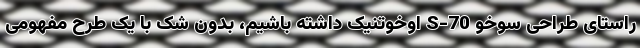
راستای طراحی سوخو S-70 اوخوتنیک داشته باشیم، بدون شک با یک طرح مفهومی